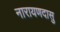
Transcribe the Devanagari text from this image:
नारायणदासु